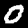
Digit: 0